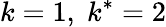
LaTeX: k=1,\; k^{*}=2